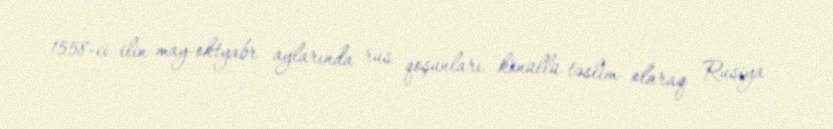
1558-ci ilin may-oktyabr aylarında rus qoşunları könüllü təslim olaraq Rusiya